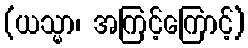
(ယသ္မာ၊ အကြင့်ကြောင့်)